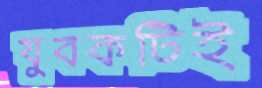
যুবকটিই